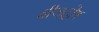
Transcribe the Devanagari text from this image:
बीजदोष